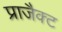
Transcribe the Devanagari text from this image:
प्राजैक्ट